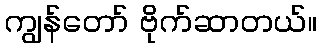
ကျွန်တော် ဗိုက်ဆာတယ်။